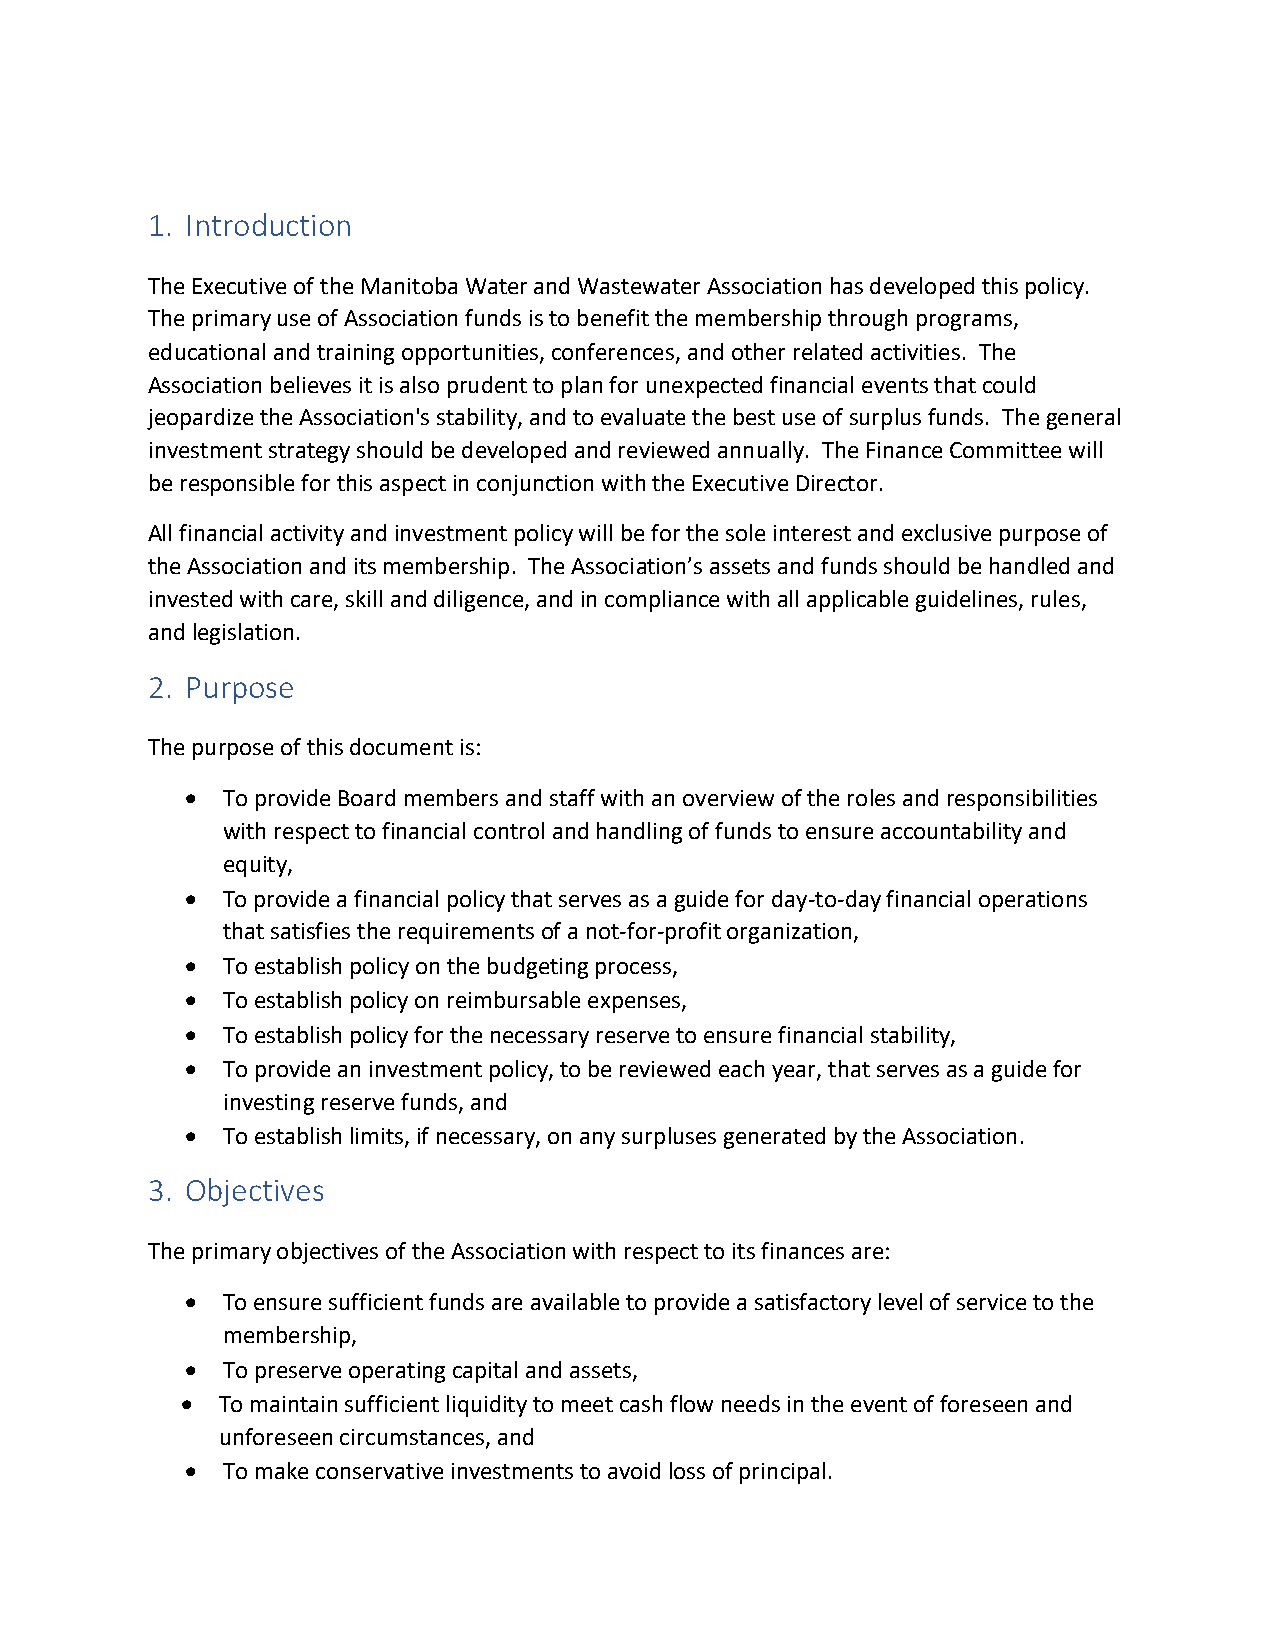
1. Introduction
 The Executive of the Manitoba Water and Wastewater Association has developed this policy.
 The primary use of Association funds is to benefit the membership through programs,
 educational and training opportunities, conferences, and other related activities. The
 Association believes it is also prudent to plan for unexpected financial events that could
 jeopardize the Association's stability, and to evaluate the best use of surplus funds. The general
 investment strategy should be developed and reviewed annually. The Finance Committee will
 be responsible for this aspect in conjunction with the Executive Director.
 All financial activity and investment policy will be for the sole interest and exclusive purpose of
 the Association and its membership. The Association’s assets and funds should be handled and
 invested with care, skill and diligence, and in compliance with all applicable guidelines, rules,
 and legislation.
 2. Purpose
 The purpose of this document is:
 •  To provide Board members and staff with an overview of the roles and responsibilities
 with respect to financial control and handling of funds to ensure accountability and
 equity,
 •  To provide a financial policy that serves as a guide for day-to-day financial operations
 that satisfies the requirements of a not-for-profit organization,
 •  To establish policy on the budgeting process,
 •  To establish policy on reimbursable expenses,
 •  To establish policy for the necessary reserve to ensure financial stability,
 •  To provide an investment policy, to be reviewed each year, that serves as a guide for
 investing reserve funds, and
 •  To establish limits, if necessary, on any surpluses generated by the Association.
 3. Objectives
 The primary objectives of the Association with respect to its finances are:
 •  To ensure sufficient funds are available to provide a satisfactory level of service to the
 membership,
 •  To preserve operating capital and assets,
 • To maintain sufficient liquidity to meet cash flow needs in the event of foreseen and
 unforeseen circumstances, and
 •  To make conservative investments to avoid loss of principal.